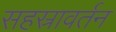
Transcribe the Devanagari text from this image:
सहस्रावर्तन